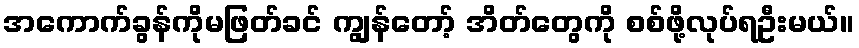
အကောက်ခွန်ကိုမဖြတ်ခင် ကျွန်တော့် အိတ်တွေကို စစ်ဖို့လုပ်ရဦးမယ်။